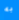
به